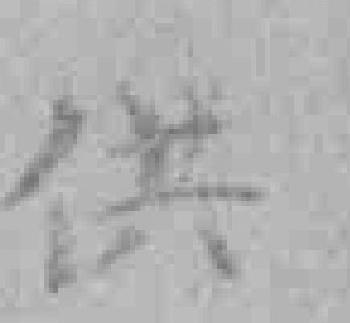
供